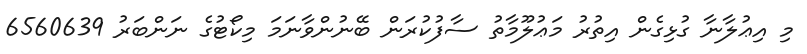
މި އިޢުލާނާ ގުޅިގެން އިތުރު މަޢުލޫމާތު ސާފުކުރަން ބޭނުންވާނަމަ މިކޯޓުގެ ނަންބަރު 6560639